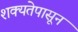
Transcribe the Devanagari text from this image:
शक्यतेपासून